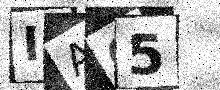
Text: IA05